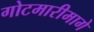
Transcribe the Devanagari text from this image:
गोटमारीमागे